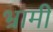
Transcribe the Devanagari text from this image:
भ्रामी